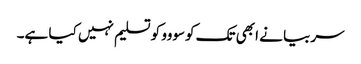
سربیا نے ابھی تک کوسووو کو تسلیم نہیں کیا ہے۔